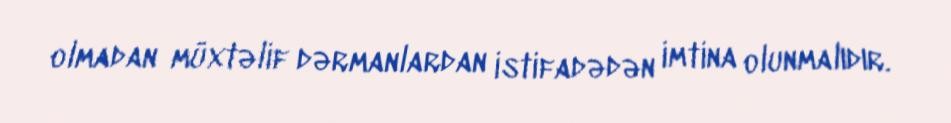
olmadan müxtəlif dərmanlardan istifadədən imtina olunmalıdır.